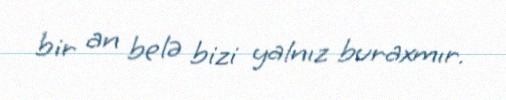
bir an belə bizi yalnız buraxmır.